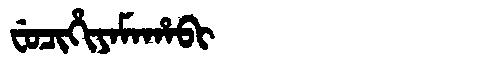
Manchu: ᠸᡠᠴᡳᡥᡳᠶᠠᠮᠠᡥᠠᠪᡳ
Romanization: FUCIHIYAMAHABI